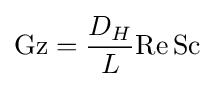
\mathrm {Gz} ={D_{H} \over L}\mathrm {Re} \,\mathrm {Sc}